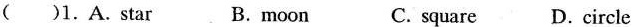
( )1.A.Star B.moon C. square D.circle ( )